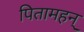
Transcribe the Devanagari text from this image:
पितामहन्